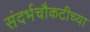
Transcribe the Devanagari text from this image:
संदर्भचौकटीच्या